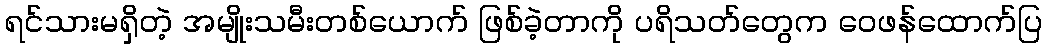
ရင်သားမရှိတဲ့ အမျိုးသမီးတစ်ယောက် ဖြစ်ခဲ့တာကို ပရိသတ်တွေက ဝေဖန်ထောက်ပြ